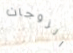
الزوجات